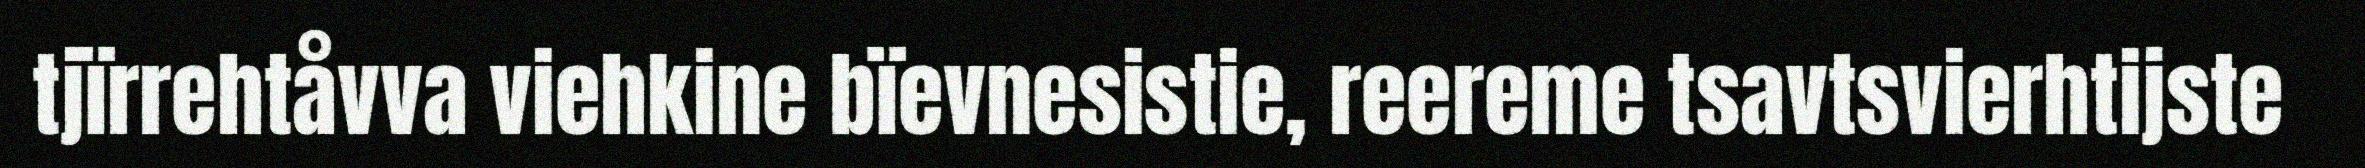
tjïrrehtåvva viehkine bïevnesistie, reereme tsavtsvierhtijste